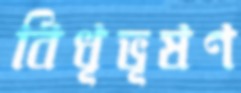
বিধূভূষণ